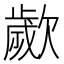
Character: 𣤠